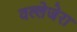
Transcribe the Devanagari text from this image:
वल्लेजेरा